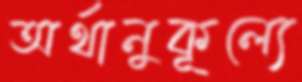
অর্থানুকূল্যে